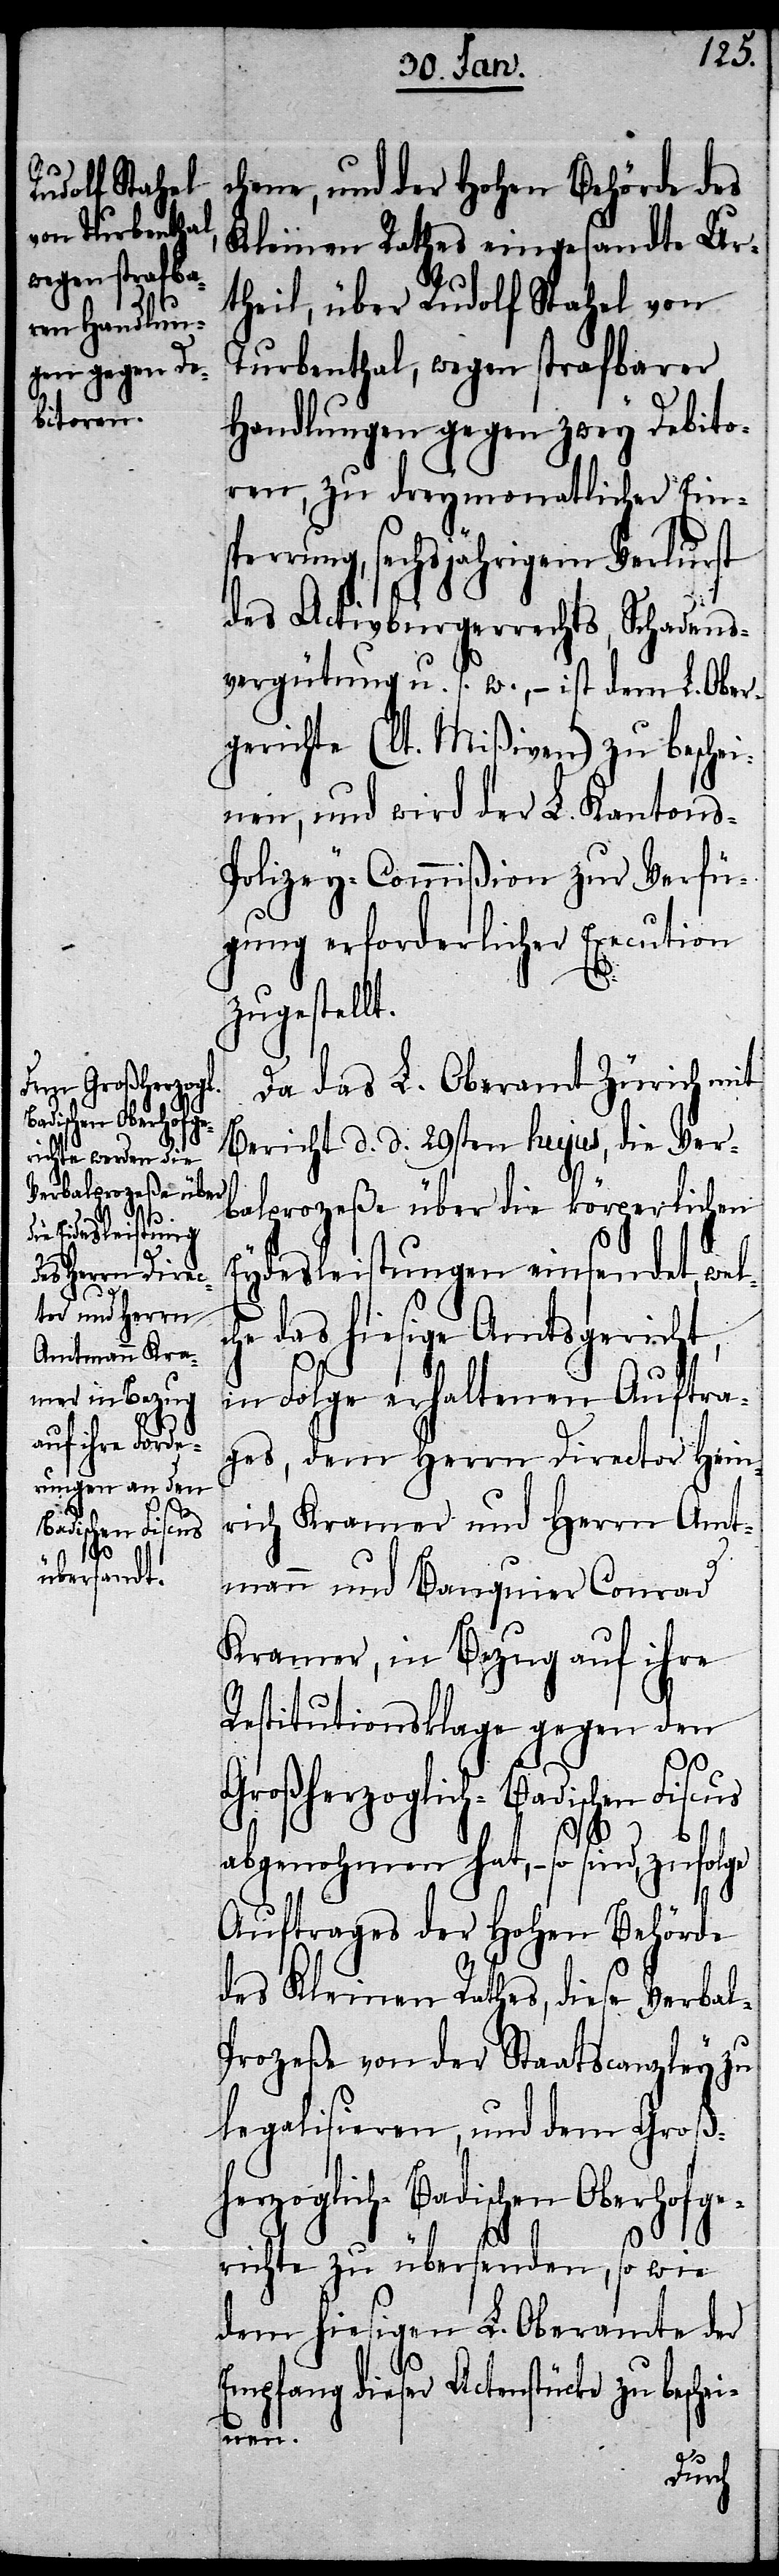
l-P¬

chene, und der Hohen Behörde des
Kleinen Rathes eingesandte Ur¬
theil, über Rudolf Stahel von
Turbenthal, wegen strafbarer
Handlungen gegen zwey Debito¬
ren, zu dreymonatlicher Eins¬
perrung, sechsjährigem Verlurst
des Activbürgerrechts, Schadens¬
vergütung u. s. w., – ist dem L. Ober¬
gerichte (lt. Mißiven) zu besche¬
inen, und wird der L. Kantons-P¬
olizey-Commißion zur Verfü¬
gung erforderlicher Execution
zugestellt.
Da das L. Oberamt Zürich mit
Bericht d. d. 29sten hujus, die Ver¬
balprozeße über die körperlichen
Eydesleistungen einsendet, welc¬
he das hiesige Amtsgericht,
in Folge erhaltenen Auftra¬
ges, dem Herrn Director Hein¬
rich Kramer und Herrn Amt¬
mann und Banquier Conrad
Kramer, in Bezug auf ihre
Restitutionsklage gegen den
Großherzoglich-Badischen Fiscus
abgenohmen hat, – so sind, zufolge
Auftrages der Hohen Behörde
des Kleinen Rathes, diese Verba¬
rozeße von der Staatscanzley zu
legalisieren, und dem Groß¬
herzoglich-Badischen Oberhofge¬
richte zu übersenden, so wie
dem hiesigen L. Oberamte der
Empfang dieser Actenstücke zu besche¬
inen.